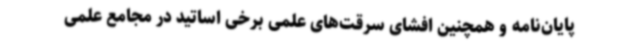
پایان‌نامه و همچنین افشای سرقت‌های علمی برخی اساتید در مجامع علمی